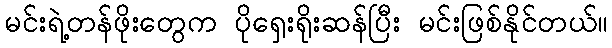
မင်းရဲ့တန်ဖိုးတွေက ပိုရှေးရိုးဆန်ပြီး မင်းဖြစ်နိုင်တယ်။